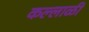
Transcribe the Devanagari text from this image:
कल्लाळी